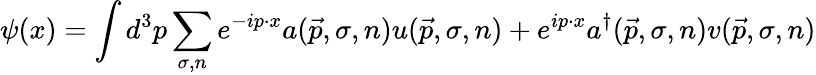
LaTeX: \psi(x)=\int d^{3}p\sum_{\sigma,n}e^{-ip\cdot x}a({\vec{p}},\sigma,n)u({\vec{p}},\sigma,n)+e^{ip\cdot x}a^{\dagger}({\vec{p}},\sigma,n)v({\vec{p}},\sigma,n)